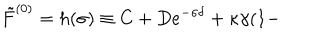
\tilde { F } ^ { ( 0 ) } = h ( \sigma ) \equiv C + D e ^ { - \sigma \delta } + \kappa \gamma ( 1 -